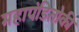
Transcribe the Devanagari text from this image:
महापंडितोकी